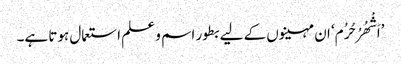
’اَشْھُرُ حُرُم‘ ان مہینوں کے لیے بطور اسم و علم استعمال ہوتا ہے۔